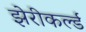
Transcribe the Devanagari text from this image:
झेरीकर्ल्ड